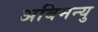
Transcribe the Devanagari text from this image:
अबिमन्यु